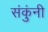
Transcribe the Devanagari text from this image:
संकुंनी